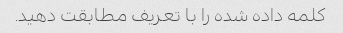
کلمه داده شده را با تعریف مطابقت دهید.